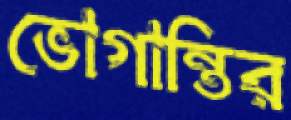
ভোগান্তির